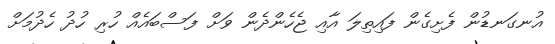
އުނގަނޑުން ފެށިގެން ފައިތިލަ އާއި ޖެހެންދެން ވަށް ފަސްބައެއް ހުރި ހުދު ހެދުމަށް